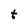
Character: t